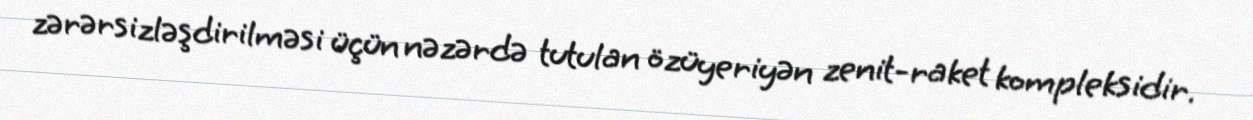
zərərsizləşdirilməsi üçün nəzərdə tutulan özüyeriyən zenit-raket kompleksidir.